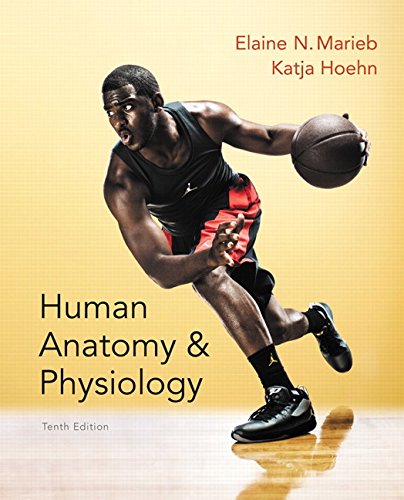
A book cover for Human Anatomy & Physiology Plus MasteringA&P with eText -- Access Card Package (10th Edition); Elaine N. Marieb; Science & Math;